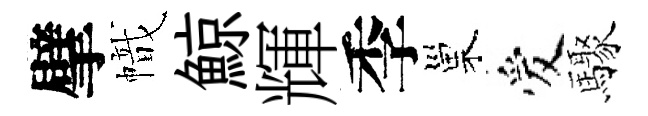
擘幟鯨輝季巢爱驟